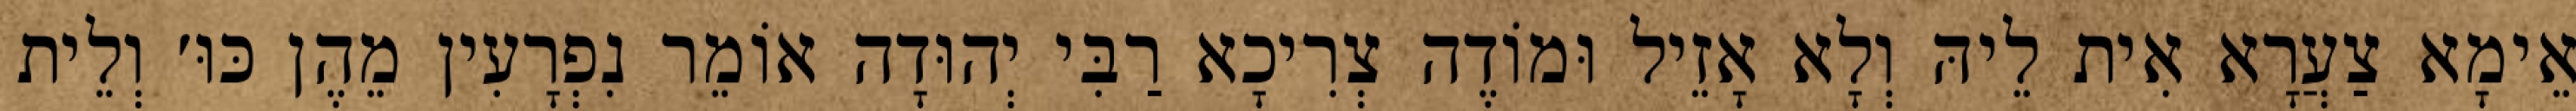
אֵימָא צַעֲרָא אִית לֵיהּ וְלָא אָזֵיל וּמוֹדֶה צְרִיכָא רַבִּי יְהוּדָה אוֹמֵר נִפְרָעִין מֵהֶן כּוּ׳ וְלֵית